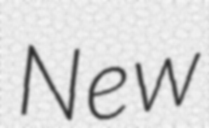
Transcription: New